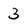
Character: 3